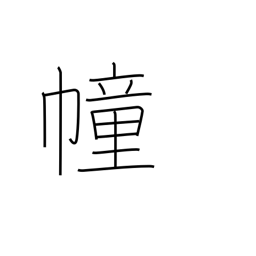
Meaning: flag